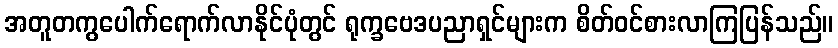
အတူတကွပေါက်ရောက်လာနိုင်ပုံတွင် ရုက္ခဗေဒပညာရှင်များက စိတ်ဝင်စားလာကြပြန်သည်။